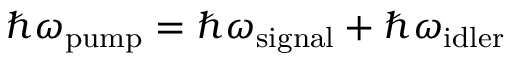
\hbar \omega _ { \mathrm { p u m p } } = \hbar \omega _ { \mathrm { s i g n a l } } + \hbar \omega _ { \mathrm { i d l e r } }